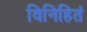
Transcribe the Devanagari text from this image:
विनिहितं